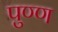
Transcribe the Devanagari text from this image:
पुण्ण